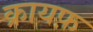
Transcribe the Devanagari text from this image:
क्रायफ़